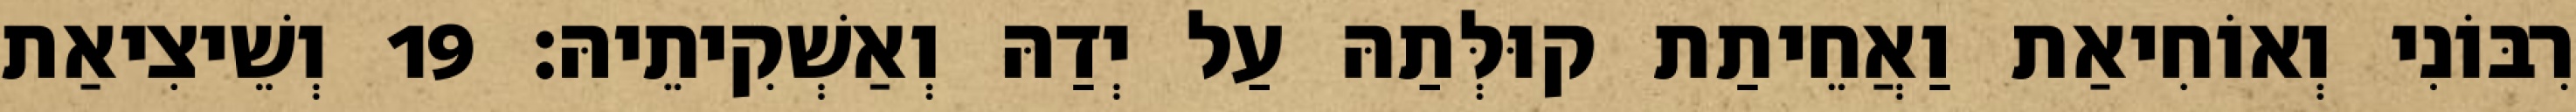
רִבּוֹנִי וְאוֹחִיאַת וַאֲחֵיתַת קוּלְּתַהּ עַל יְדַהּ וְאַשְׁקִיתֵיהּ׃ 19 וְשֵׁיצִיאַת